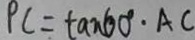
P C = \tan 6 0 ^ { \circ } \cdot A C